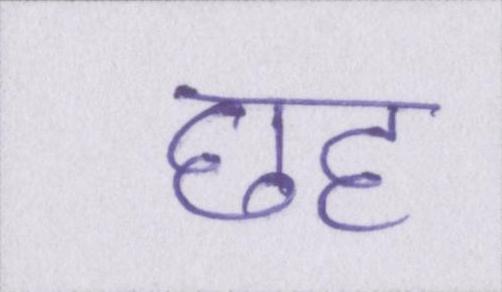
छह